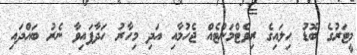
މީޓަރުގެ ބޮޑު ހިލައިގެ ރިވެޓްމަންޓެއް ޖެހުމާއި އަދި މިހާރު ހަދާފައިވާ ނެރު ބައްދައި